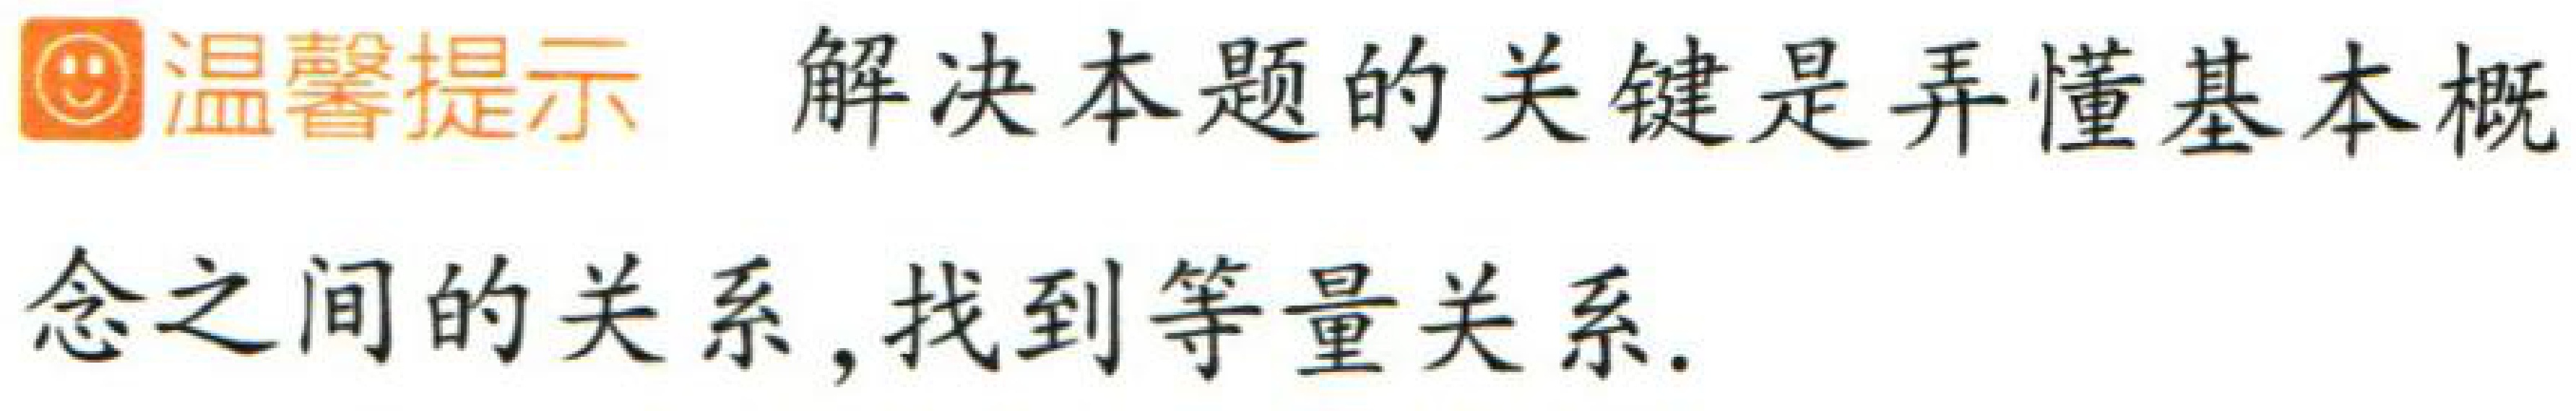
温馨提示 解决本题的关键是弄懂基本概念之间的关系, 找到等量关系.